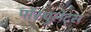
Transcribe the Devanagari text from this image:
पॉस्चुलेट्स